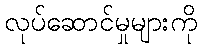
လုပ်ဆောင်မှုများကို